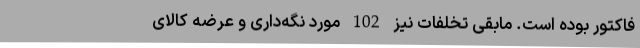
فاکتور بوده است. مابقی تخلفات نیز 102 مورد نگه‌داری و عرضه کالای